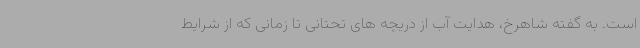
است. به گفته شاهرخ، هدایت آب از دریچه های تحتانی تا زمانی که از شرایط